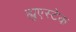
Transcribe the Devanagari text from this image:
ह्युएस्टेक